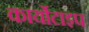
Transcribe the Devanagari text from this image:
कार्योटाइप